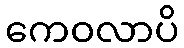
ကေဝလာပိ